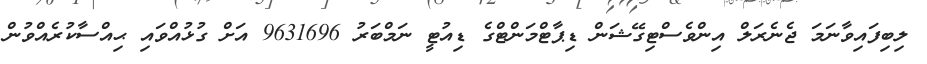
ލިބިފައިވާނަމަ ޖެނެރަލް އިންވެސްޓިގޭޝަން ޑިޕާޓްމަންޓްގެ ޑިއުޓީ ނަމްބަރު 9631696 އަށް ގުޅުއްވައި ޙިއްސާކުރެއްވުން